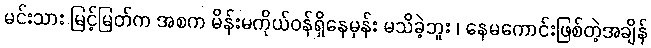
မင်းသား မြင့်မြတ်က အစက မိန်းမကိုယ်ဝန်ရှိနေမှန်း မသိခဲ့ဘူး ၊ နေမကောင်းဖြစ်တဲ့အချိန်